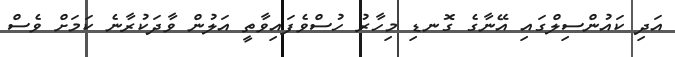
އަދި ކައުންސިލްގައި އޭނާގެ ގޮނޑި މިހާރު ހުސްވެފައިވާތީ އަލުން ވާދަކުރާނެ ކަމަށް ވެސް